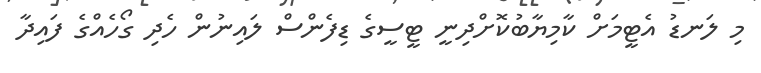
މި ލަނޑު އެޓީމަށް ކާމިޔާބުކޮށްދިނީ ޓީސީގެ ޑިފެންސް ލައިނުން ހެދި ގޯހެއްގެ ފައިދާ